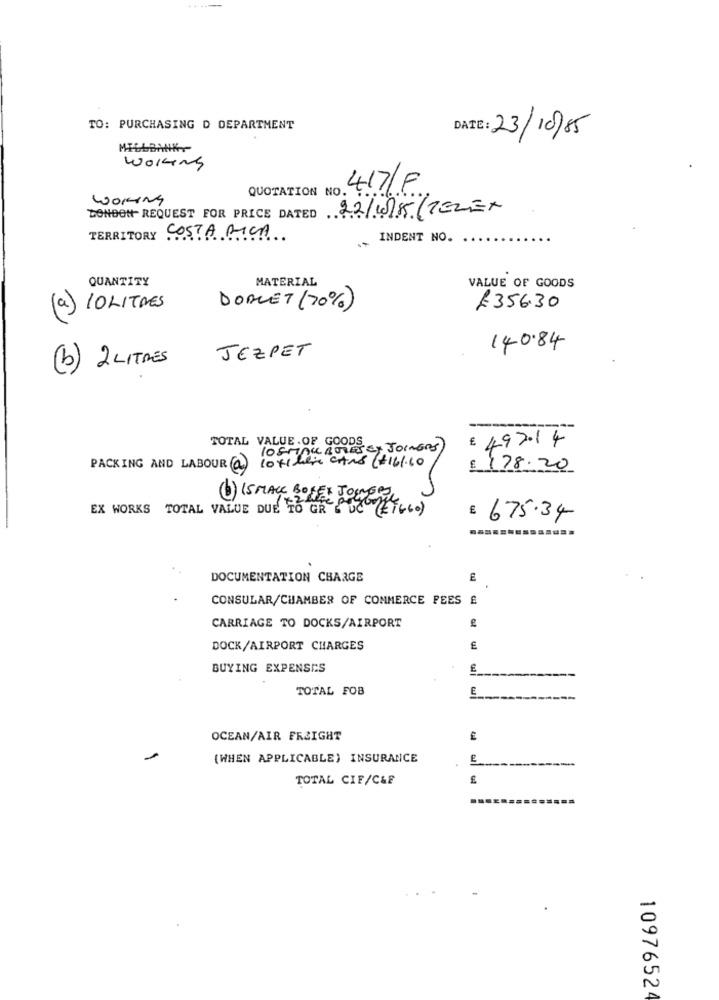
TO: PURCHASING D DEPARTMENT
DATE: 23/10/85
MILLBANKY-
WOKing
QUOTATION NO.
417/F
WOKIng
22/1/5 (TELEX
BONDett- REQUEST FOR PRICE DATED
TERRITORY COSTA RICA
INDENT NO.
QUANTITY
MATERIAL
VALUE OF GOODS
(a) COLITRES
DONCET (70%)
£356.30
140.84
JEZPET
b) 2 LITRES
---
TOTAL VALUE . OF GOODS
£ 497.14
losMAL BULESEY JOINERS)
PACKING AND LABOUR a lot1 here CANS (+161.60
€ 178.20
EX WORKS TOTAL VALUE DUE TO GRE PUCC (ETC .. )
(b) IS MACE BOLES JOLLYGIRL
£ 675.34
DOCUMENTATION CHARGE
CONSULAR/CHAMBER OF COMMERCE PEES £
CARRIAGE TO DOCKS/AIRPORT
DOCK/AIRPORT CHARGES
BUYING EXPENSES
TOTAL FOB
E
OCEAN/AIR FREIGHT
(WHEN APPLICABLE) INSURANCE
TOTAL CIF/C&F
10976524